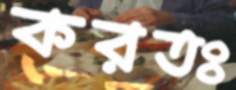
করতঃ